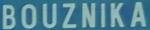
BOUZNika